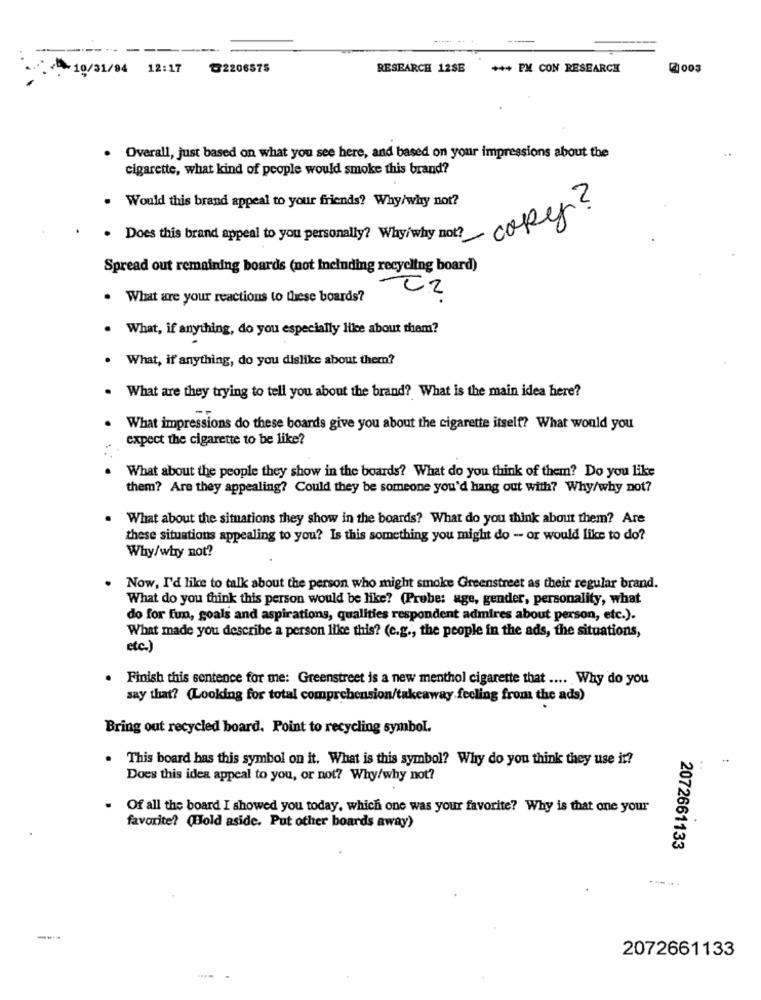
------
10/31/94 12:17
82206575
RESEARCH 12SE
*** PM CON RESEARCH
2003
. Overall, just based on what you see here, and based on your impressions about the
cigarette, what kind of people would smoke this brand?
. Would this brand appeal to your friends? Why/why not?
. Does this brand appeal to you personally? Why/why not? oper
Spread out remaining boards (not Including recycling board)
CZ
What are your reactions to these boards?
What, if anything, do you especially like about them?
What, if anything, do you dislike about them?
What are they trying to tell you about the brand? What is the main idea here?
What impressions do these boards give you about the cigarette itself? What would you
expect the cigarette to be like?
What about the people they show in the boards? What do you think of them? Do you like
them? Are they appealing? Could they be someone you'd hang out with? Why/why not?
What about the situations they show in the boards? What do you think about them? Are
these situations appealing to you? Is this something you might do -- or would like to do?
Why/why not?
Now, I'd like to talk about the person who might smoke Greenstreet as their regular brand.
What do you think this person would be like? (Probe: age, gender, personality, what
do for fun, goals and aspirations, qualities respondent admires about person, etc.).
What made you describe a person like this? (e.g ., the people in the ads, the situations,
etc.)
Finish this sentence for me: Greenstreet is a new menthol cigarette that .... Why do you
say that? (Looking for total comprehension/takeaway.feeling from the ads)
Bring out recycled board. Point to recycling symbol.
This board has this symbol on it. What is this symbol? Why do you think they use it?
Does this idea appeal to you, or not? Why/why not?
Of all the board I showed you today, which one was your favorite? Why is that one your
favorite? (Hold aside. Put other boards away)
2072661133
2072661133